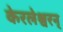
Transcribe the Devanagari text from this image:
केरलेश्वरन्